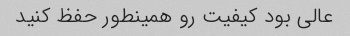
عالی بود کیفیت رو همینطور حفظ کنید